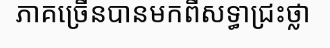
ភាគច្រើនបានមកពីសទ្ធាជ្រះថ្លា